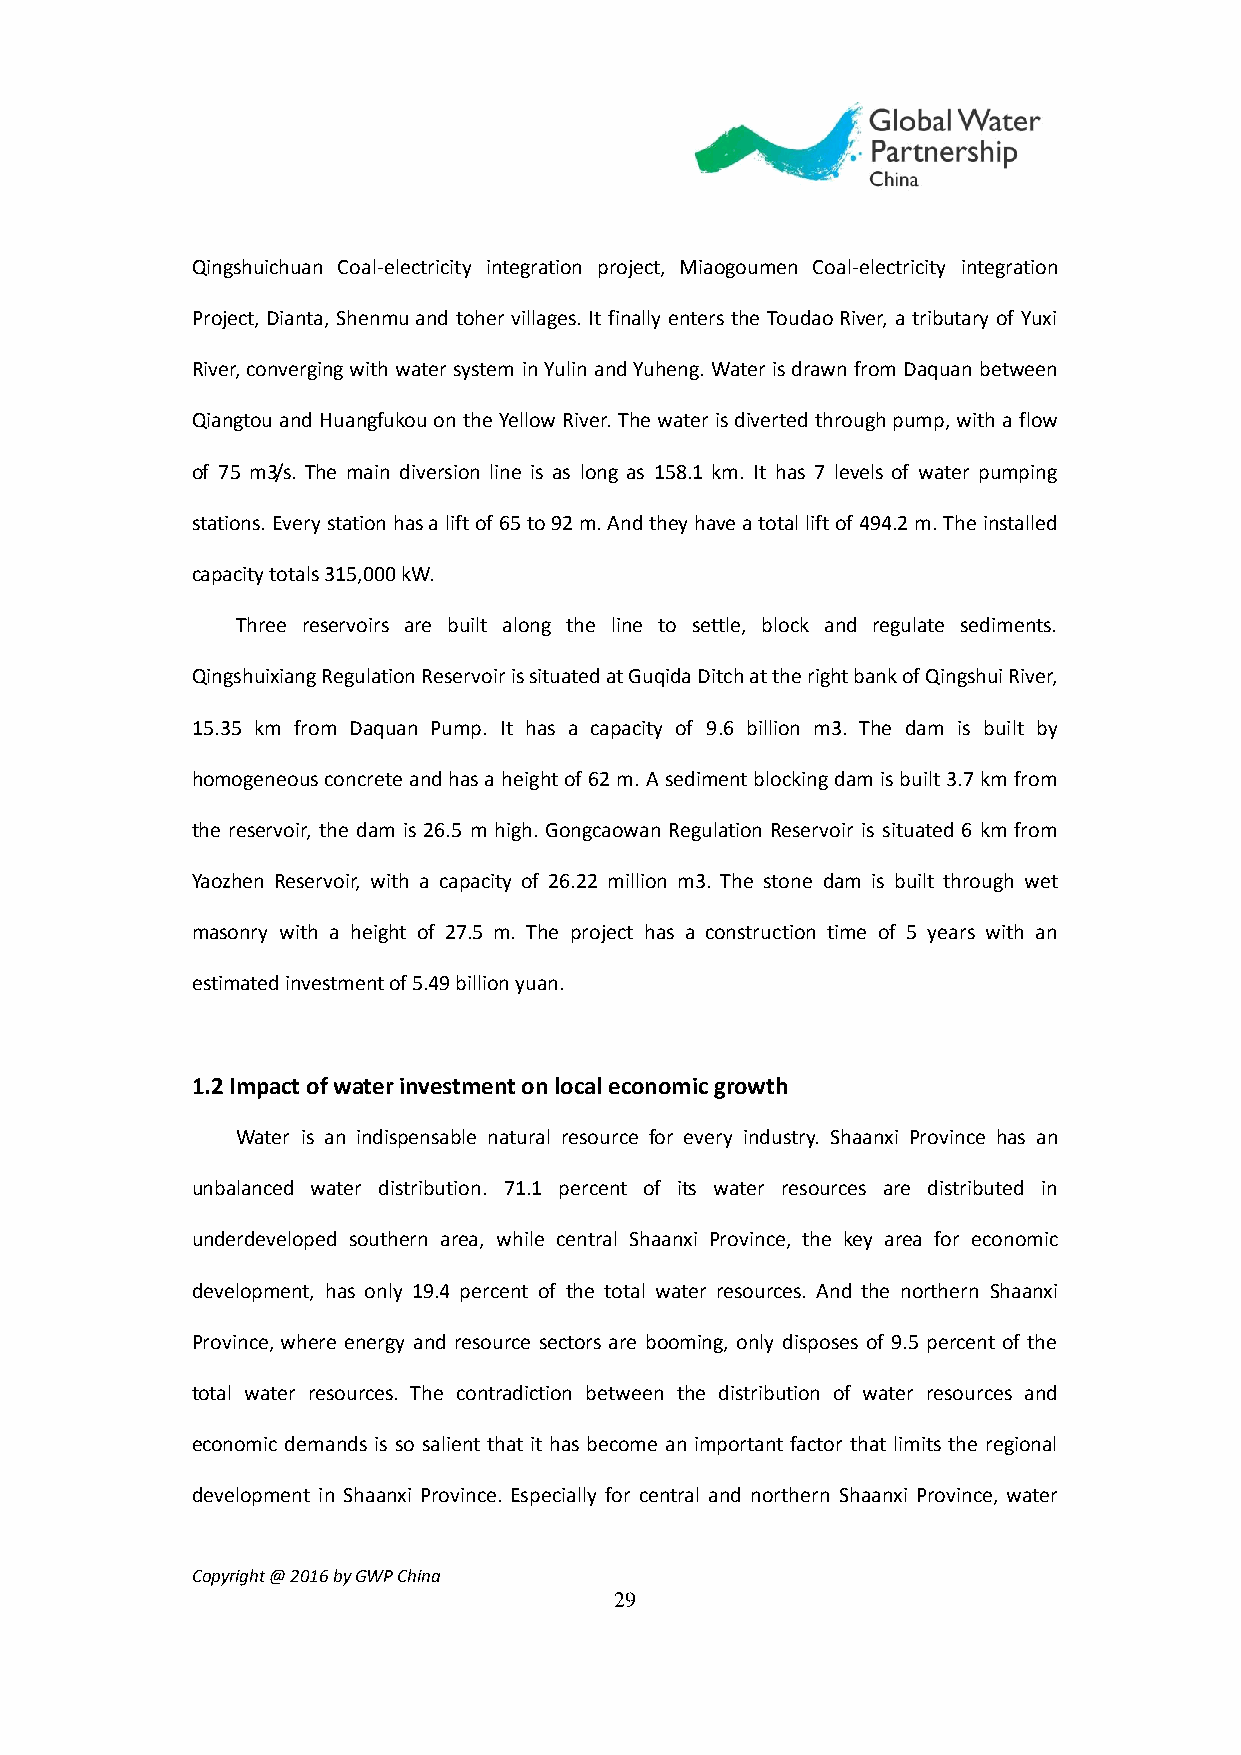
Qingshuichuan Coal-electricity integration project, Miaogoumen Coal-electricity integration
 Project, Dianta, Shenmu and toher villages. It finally enters the Toudao River, a tributary of Yuxi
 River, converging with water system in Yulin and Yuheng. Water is drawn from Daquan between
 Qiangtou and Huangfukou on the Yellow River. The water is diverted through pump, with a flow
 of 75 m3/s. The main diversion line is as long as 158.1 km. It has 7 levels of water pumping
 stations. Every station has a lift of 65 to 92 m. And they have a total lift of 494.2 m. The installed
 capacity totals 315,000 kW.
 Three reservoirs are built along the line to settle, block and regulate sediments.
 Qingshuixiang Regulation Reservoir is situated at Guqida Ditch at the right bank of Qingshui River,
 15.35 km from Daquan Pump. It has a capacity of 9.6 billion m3. The dam is built by
 homogeneous concrete and has a height of 62 m. A sediment blocking dam is built 3.7 km from
 the reservoir, the dam is 26.5 m high. Gongcaowan Regulation Reservoir is situated 6 km from
 Yaozhen Reservoir, with a capacity of 26.22 million m3. The stone dam is built through wet
 masonry with a height of 27.5 m. The project has a construction time of 5 years with an
 estimated investment of 5.49 billion yuan.
 1.2 Impact of water investment on local economic growth
 Water is an indispensable natural resource for every industry. Shaanxi Province has an
 unbalanced water distribution. 71.1 percent of its water resources are distributed in
 underdeveloped southern area, while central Shaanxi Province, the key area for economic
 development, has only 19.4 percent of the total water resources. And the northern Shaanxi
 Province, where energy and resource sectors are booming, only disposes of 9.5 percent of the
 total water resources. The contradiction between the distribution of water resources and
 economic demands is so salient that it has become an important factor that limits the regional
 development in Shaanxi Province. Especially for central and northern Shaanxi Province, water
 Copyright @ 2016 by GWP China
 29